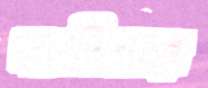
গামীদের